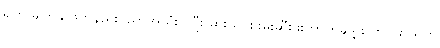
ရဲက မျက်နှာဖတ်နည်းပညာအသုံးပြုပြီး မှားယွင်းဖမ်းဆီးဖူးတာတချို့ရှိကြောင်း သူက